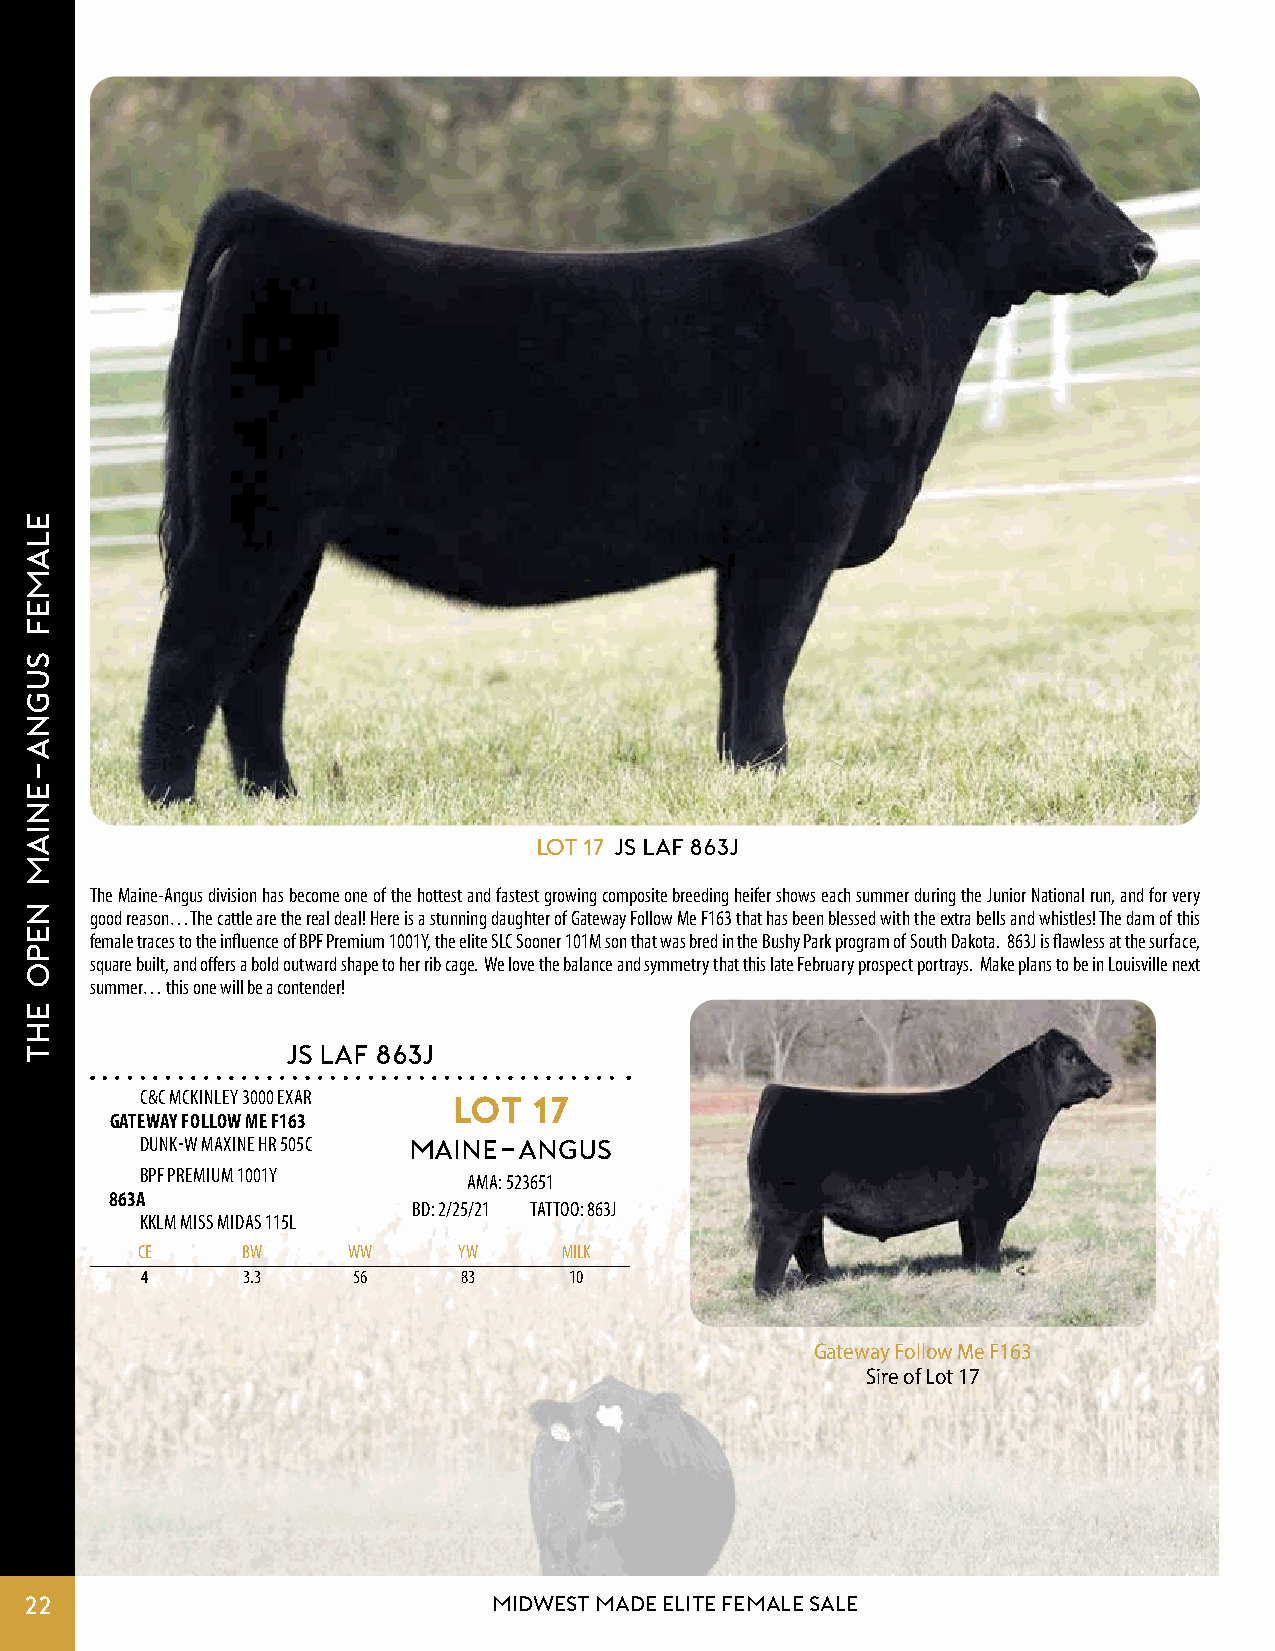
Lot 17 js LAF 863J
 The Maine-Angus division has become one of the hottest and fastest growing composite breeding heifer shows each summer during the Junior National run, and for very
 good reason…The cattle are the real deal! Here is a stunning daughter of Gateway Follow Me F163 that has been blessed with the extra bells and whistles! The dam of this
 female traces to the influence of BPF Premium 1001Y, the elite SLC Sooner 101M son that was bred in the Bushy Park program of South Dakota. 863J is flawless at the surface,
 square built, and offers a bold outward shape to her rib cage. We love the balance and symmetry that this late February prospect portrays. Make plans to be in Louisville next
 summer… this one will be a contender!
 JS LAF 863J
 C&C MCKINLEY 3000 EXAR LOT 17
 GATEWAY FOLLOW ME F163
 DUNK-W MAXINE HR 505C MAINE-ANGUS
 BPF PREMIUM 1001Y
 AMA: 523651
 863A
 BD: 2/25/21 TATTOO: 863J
 KKLM MISS MIDAS 115L
 CE     BW     WW     YW     MILK
 4      3.3    56      83     10
 Gateway Follow Me F163
 Sire of Lot 17
 22                             MIDWEST MADE ELITE FEMALE SALE
 ELAMEF
 SUGNA-ENIAM
 NEPO
 EHT